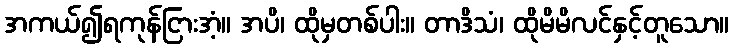
အကယ်၍ရကုန်ငြားအံ့။ အပိ၊ ထိုမှတစ်ပါး။ တာဒိသံ၊ ထိုမိမိလင်နှင့်တူသော။